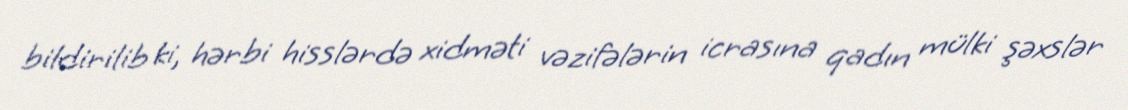
bildirilib ki, hərbi hisslərdə xidməti vəzifələrin icrasına qadın mülki şəxslər